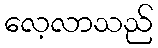
လေ့လာသည်